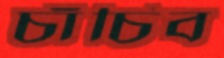
চাঁচিব